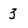
Character: 3